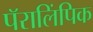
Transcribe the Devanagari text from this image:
पॅरालिंपिक